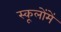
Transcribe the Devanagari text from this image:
स्कूलोंमें